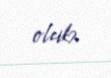
olub.